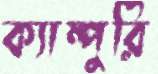
ক্যাম্পুরি